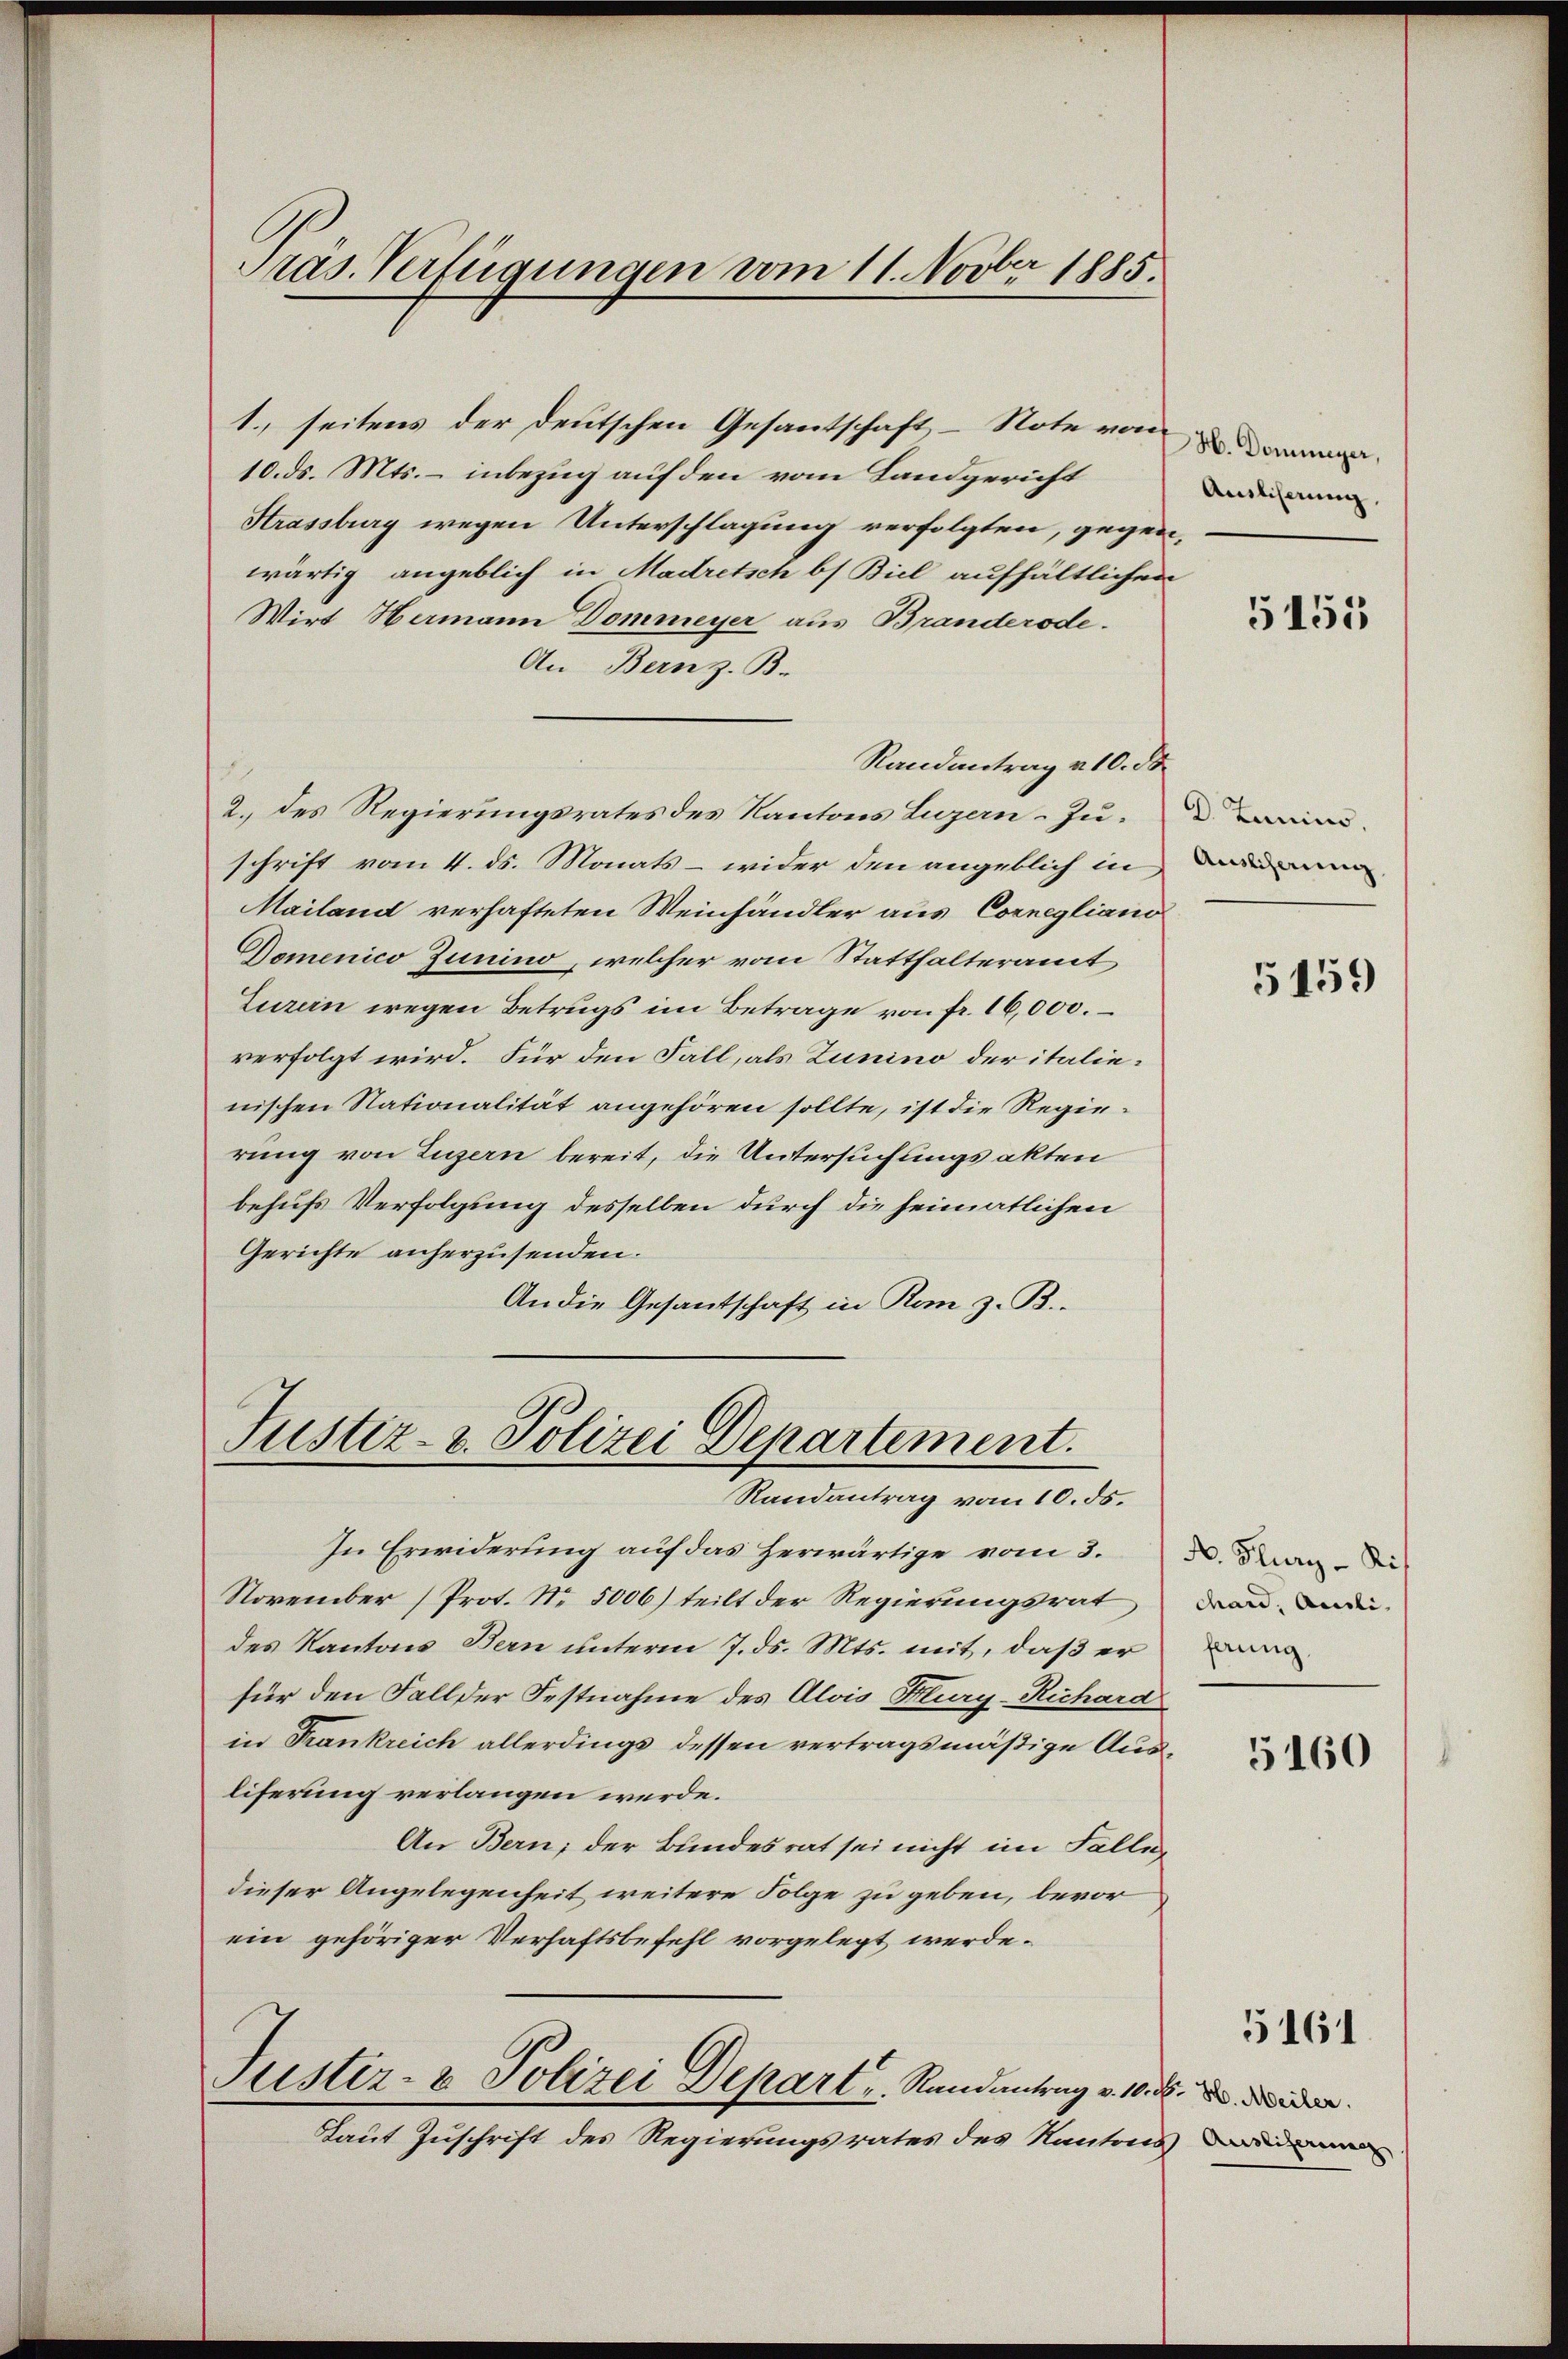
Präs. Verfügungen vom 11. Novber 1885.

10. ds. Mts. – inbezug auf den vom Landgericht
Strassburg wegen Unterschlagung verfolgten, gegenwärtig angeblich in Madretsch bs Biel aufhältlichen
Wirt Hermann Dommeyer aus Branderode.
An Bern z. B.
Randantrag v. 10. de
2. des Regierungsrates des Kantons Luzern Zuschrift vom 4. ds. Monats - wider den angeblich in
Mailand verhafteten Weinhändler aus Cornegliano
Domenico Junino, welcher vom Statthalteramt
Zurein wegen Betrugs im Betrage von fr. 16,000.
verfolgt wird. Für den Fall, als Zunino der italienischen Nationalität angehören sollte, ist die Regierung von Luzern bereit, die Untersuchungsakten
behufs Verfolgung desselben durch die heimatlichen
Gerichte anherzusenden.
An die Gesantschaft in Kan z. B.

1. seitens der deutschen Gesandschaft, – Note von

Justiz- & Polizei Departement.
Randantrag vom 10. ds.

In Erwiderung auf das herwärtige vom 3. 3. dan die
November (Prot. Nr. 5006) teilt der Regierungsrat
des Kantons Bern unterm 7. ds. Mts. mit, daß er
für den Fall der Festnahme des Alois Flury-Richard
in Frankreich allerdings dessen vertragsmäßige Ausliferung verlangen werde.
An Bern; der Bundesrat sei nicht im Fallen
dieser Angelegenheit weitere Folge zu geben, bevor
ein gehöriger Verhaftsbefehl vorgelegt werde.
Justiz- & Polizei Depart, Randantrag v. 10. d. d.
Laut Zuschrift des Regierungsrates des Kantons eiden

Ausliserung.

5155

D. Junius,
Auslicherung

5159

dard, Ausli
ferung.

5160

5161